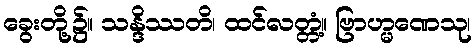
ခွေးတို့၌။ သန္ဒိဿတိ၊ ထင်လတ္တံ့။ ဗြာဟ္မဏေသု၊